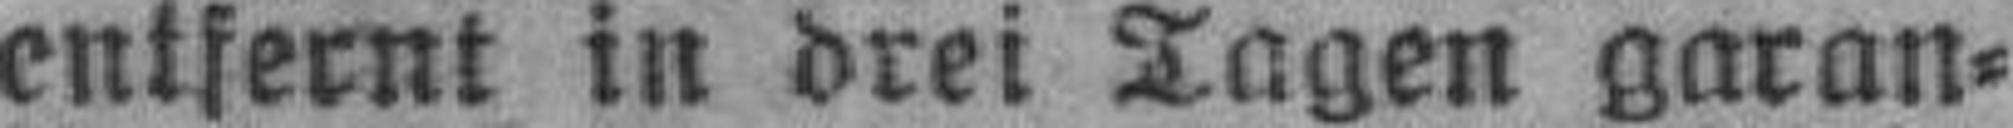
entfernt in drei Tagen garan¬